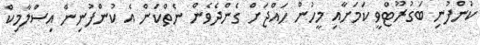
ކުންފުނި ބަގުރޫޓްވީ ކަމަށާއި މީހުން ހައްޖަށް ގެންދެވެން ނެތްކަން އެ ކުންފުނިން އިސްލާމިކް